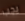
يجب